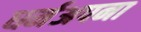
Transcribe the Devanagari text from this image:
धर्मअपना